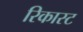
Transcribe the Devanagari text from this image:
रिकास्ट